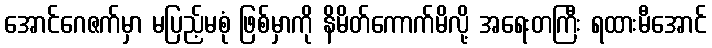
အောင်ဂေဇက်မှာ မပြည့်မစုံ ဖြစ်မှာကို နိမိတ်ကောက်မိလို့ အရေးတကြီး ရထားမီအောင်